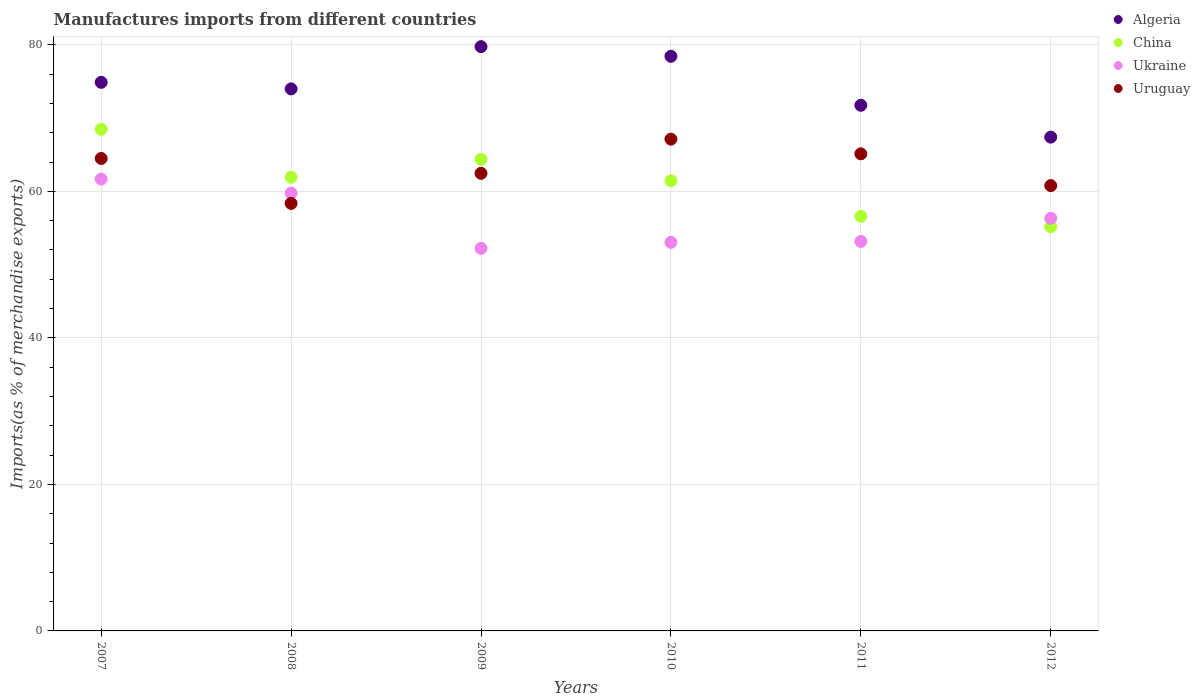
| Years | Algeria | China | Ukraine | Uruguay |
 | --- | --- | --- | --- | --- |
 | 2007 | 74.9 | 68.5 | 61.7 | 64.5 |
 | 2008 | 74 | 61.9 | 59.7 | 58.4 |
 | 2009 | 79.8 | 64.4 | 52.2 | 62.5 |
 | 2010 | 78.4 | 61.5 | 53 | 67.1 |
 | 2011 | 71.8 | 56.6 | 53.2 | 65.1 |
 | 2012 | 67.4 | 55.2 | 56.3 | 60.8 |